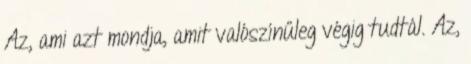
Az, ami azt mondja, amit valószínűleg végig tudtál. Az,